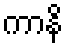
ကာနိ